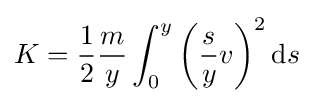
K={\frac {1}{2}}{\frac {m}{y}}\int _{0}^{y}\left({\frac {s}{y}}v\right)^{2}\mathrm {d} s